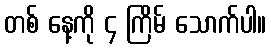
တစ် နေ့ကို ၄ ကြိမ် သောက်ပါ။